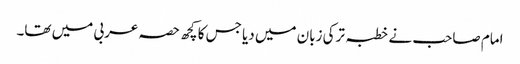
امام صاحب نے خطبہ ترکی زبان میں دیا جس کا کچھ حصہ عربی میں تھا۔